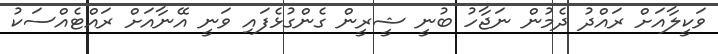
ވަކީލާއަށް ރައްދު ދެމުން ނަޖާހު ބުނީ ޝީރީން ގެންގުޅެފައި ވަނީ އޭނާއަށް ރައްޓެއްސަކު